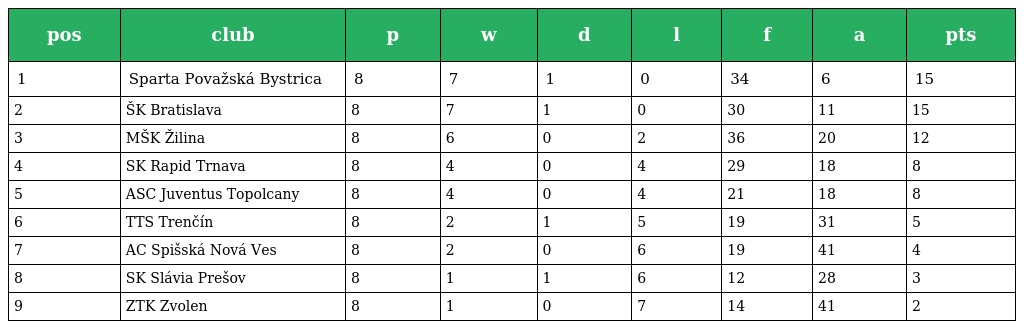
| pos | club | p | w | d | l | f | a | pts |
 | --- | --- | --- | --- | --- | --- | --- | --- | --- |
 | 1 | Sparta Považská Bystrica | 8 | 7 | 1 | 0 | 34 | 6 | 15 |
 | 2 | ŠK Bratislava | 8 | 7 | 1 | 0 | 30 | 11 | 15 |
 | 3 | MŠK Žilina | 8 | 6 | 0 | 2 | 36 | 20 | 12 |
 | 4 | SK Rapid Trnava | 8 | 4 | 0 | 4 | 29 | 18 | 8 |
 | 5 | ASC Juventus Topolcany | 8 | 4 | 0 | 4 | 21 | 18 | 8 |
 | 6 | TTS Trenčín | 8 | 2 | 1 | 5 | 19 | 31 | 5 |
 | 7 | AC Spišská Nová Ves | 8 | 2 | 0 | 6 | 19 | 41 | 4 |
 | 8 | SK Slávia Prešov | 8 | 1 | 1 | 6 | 12 | 28 | 3 |
 | 9 | ZTK Zvolen | 8 | 1 | 0 | 7 | 14 | 41 | 2 |